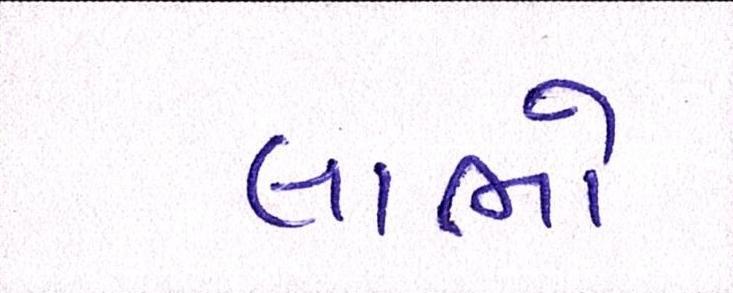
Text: લાભો